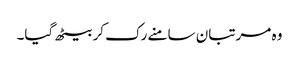
وہ مرتبان سامنے رک کر بیٹھ گیا۔